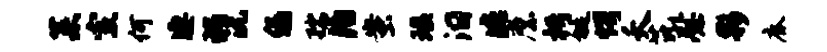
菜室何凄瑰沅绿孺泊蚩瑶汨此縻枵埏愕夭芘慰夥鹿